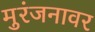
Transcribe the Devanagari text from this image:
मुरंजनावर